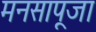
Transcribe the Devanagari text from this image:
मनसापूजा